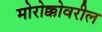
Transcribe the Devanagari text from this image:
मोरोक्कोवरील